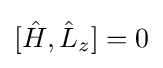
[{\hat {H}},{\hat {L}}_{z}]=0